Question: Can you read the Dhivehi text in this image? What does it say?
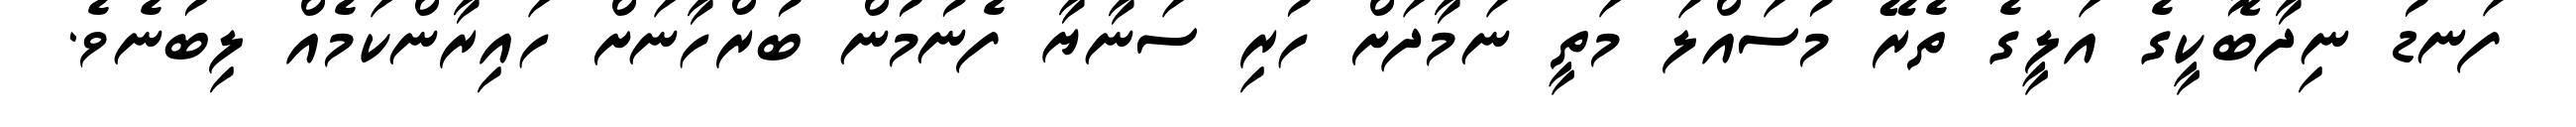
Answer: ފަނޑު ނިދާބޮކީގެ އަލީގެ ތެރޭ މުސައްލަ މަތީ ނަމާދަށް ހުރި ސަނާޔާ ފެނުމުން ބުރްހާނަށް ހައިރާންކަމެއް ލިބުނެވެ.